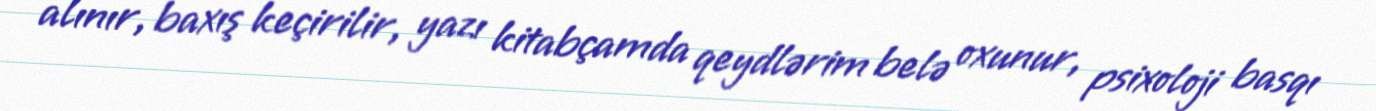
alınır, baxış keçirilir, yazı kitabçamda qeydlərim belə oxunur, psixoloji basqı